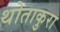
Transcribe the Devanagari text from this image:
थोताकुरा